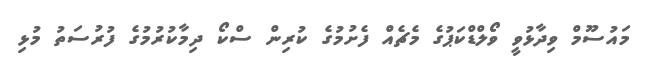
މައުސޫމް ވިދާޅުވީ ވޯލްޑްކަޕުގެ މެޗެއް ފެށުމުގެ ކުރިން ސްކޯ ދިމާކުރުމުގެ ފުރުސަތު މުޅި